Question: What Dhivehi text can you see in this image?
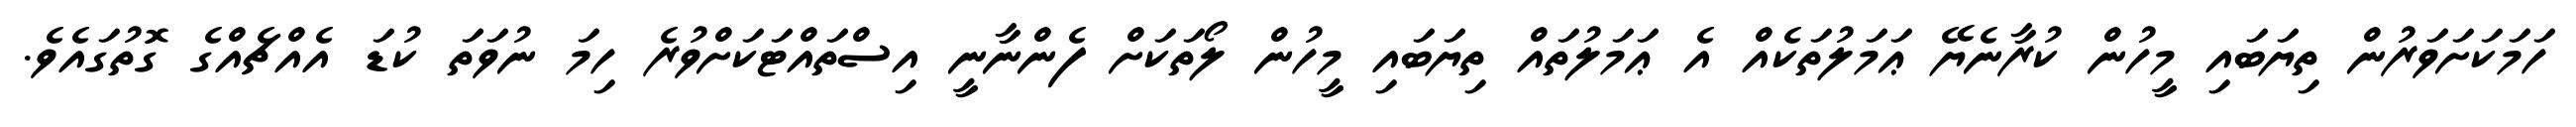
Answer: ހަމަކަށަވަރުން ތިޔަބައި މީހުން ކުރާނެޔޭ ޢަމަލުތަކެއް އެ ޢަމަލުތައް ތިޔަބައި މީހުން ލޯތަކަށް ފެންނާނީ އިސްތައްޓަކަށްވުރެ ހިމަ ނުވަތަ ކުޑަ އެއްޗެއްގެ ގޮތުގައެވެ.